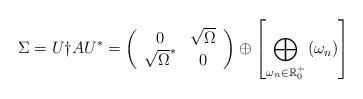
LaTeX: \begin{align*}\Sigma = U \dag A U^* =\left(\begin{array}{cc}0 & \sqrt{\Omega} \\\sqrt{\Omega}^* & 0\end{array}\right) \oplus \left[\bigoplus_{\omega_n \in \mathbb{R}^+_0}\left(\omega_n \right)\right]\end{align*}